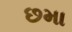
છમા